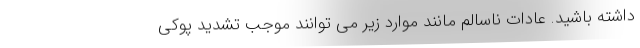
داشته باشید. عادات ناسالم مانند موارد زیر می توانند موجب تشدید پوکی